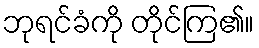
ဘုရင်ခံကို တိုင်ကြ၏။